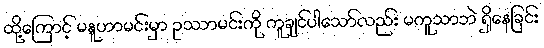
ထို့ကြောင့် မနူဟာမင်းမှာ ဥဿာမင်းကို ကူချင်ပါသော်လည်း မကူသာဘဲ ရှိနေခြင်း